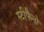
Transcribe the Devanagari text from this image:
स्टीफैनो